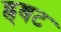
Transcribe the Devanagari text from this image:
ह्र्बट